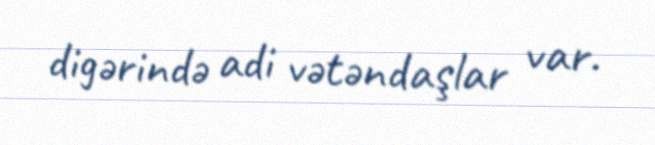
digərində adi vətəndaşlar var.